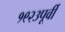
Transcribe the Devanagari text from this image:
१९२३पूर्वी